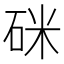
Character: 𥒄